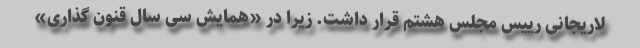
لاریجانی رییس مجلس هشتم قرار داشت. زیرا در «همایش سی سال قنون گذاری»